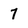
Character: 7